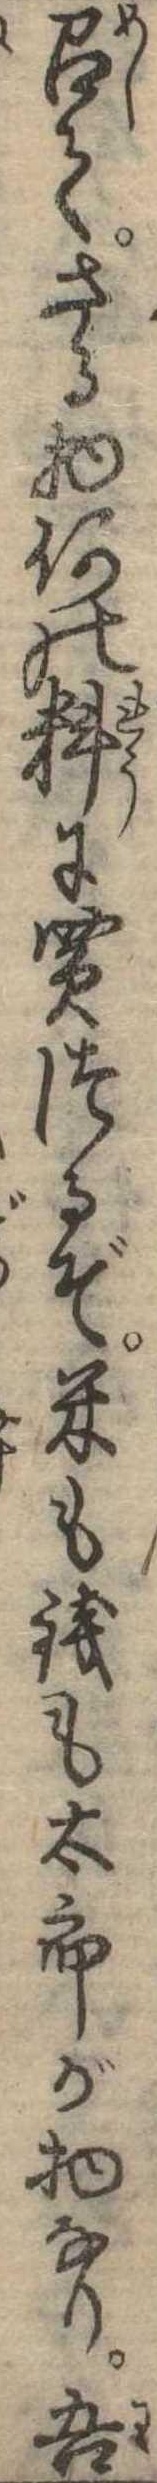
召てさる物何の料に買つるぞ米も銭も太郎が物なり吾